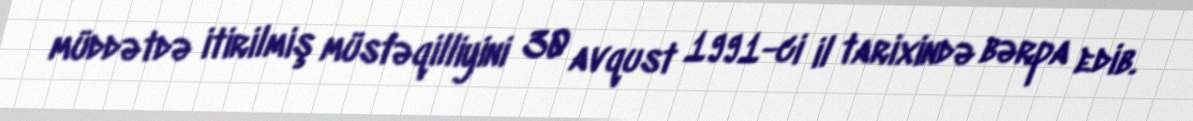
müddətdə itirilmiş müstəqilliyini 30 avqust 1991-ci il tarixində bərpa edib.